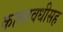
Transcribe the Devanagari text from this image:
कालावधीसह